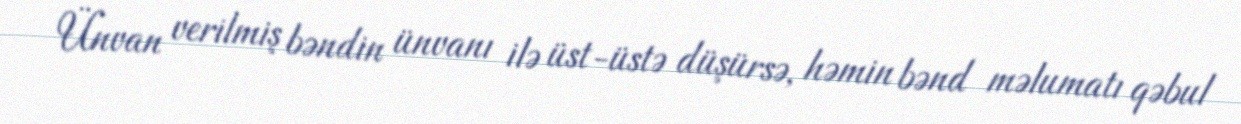
Ünvan verilmiş bəndin ünvanı ilə üst-üstə düşürsə, həmin bənd məlumatı qəbul